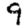
Digit: 9